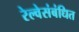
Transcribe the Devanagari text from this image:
रेल्वेसंबंधित